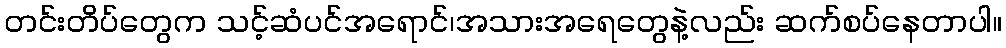
တင်းတိပ်တွေက သင့်ဆံပင်အရောင်၊အသားအရေတွေနဲ့လည်း ဆက်စပ်နေတာပါ။